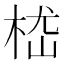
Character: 𣒎